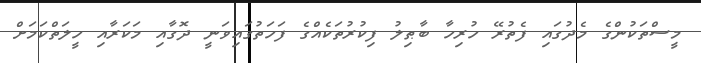
މީސްތަކުންގެ މެދުގައި ފެތުރޭ ހުރިހާ ބާޠިލު ފިކުރުތަކެއްގެ ފަހަތުގައިވަނީ ދޮގާއި މަކަރާއި ހީލަތްކަމަށް